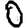
Digit: 0